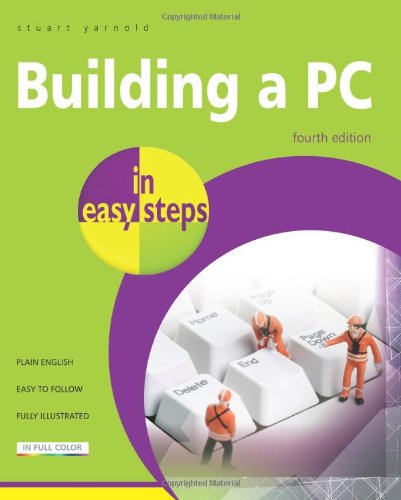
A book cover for Building a PC in Easy Steps: Covers Windows 8; Stuart Yarnold; Computers & Technology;